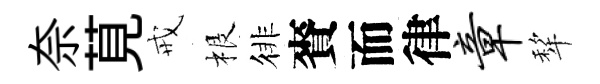
奈莧戒根徘賚而律章犂